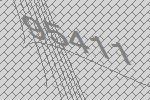
95411